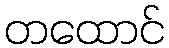
တထောင်